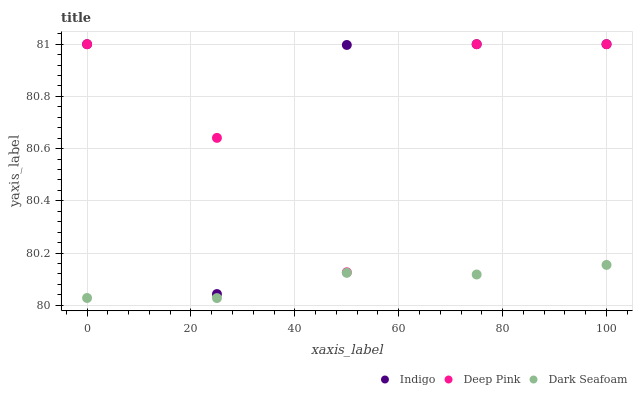
| xaxis_label | Indigo | Deep Pink | Dark Seafoam |
 | --- | --- | --- | --- |
 | 0 | 81 | 81 | 80 |
 | 25 | 80 | 80.6 | 80 |
 | 50 | 81 | 80.1 | 80.1 |
 | 75 | 81 | 81 | 80.1 |
 | 100 | 81 | 81 | 80.2 |